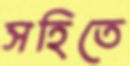
সহিতে